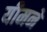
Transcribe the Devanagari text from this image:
यीमने